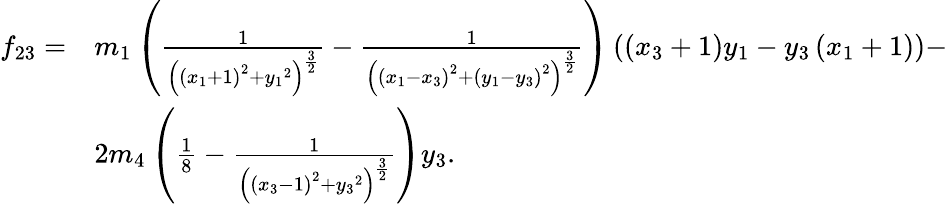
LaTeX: \begin{array}{ll}{f_{23}=}&{{m_{1}}\left(\frac{1}{\left(\left({x_{1}}+1\right)^{2}+{y_{1}}^{2}\right)^{\frac{3}{2}}}-\frac{1}{\left(\left({x_{1}}-{x_{3}}\right)^{2}+\left({y_{1}}-{y_{3}}\right)^{2}\right)^{\frac{3}{2}}}\right)\left(\left({x_{3}}+1\right){y_{1}}-{y_{3}}\left({x_{1}}+1\right)\right)-}\\ &{2{m_{4}}\left(\frac{1}{8}-\frac{1}{\left(\left({x_{3}}-1\right)^{2}+{y_{3}}^{2}\right)^{\frac{3}{2}}}\right){y_{3}}.}\end{array}